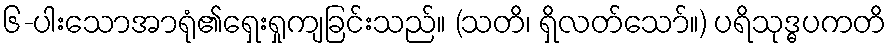
၆-ပါးသောအာရုံ၏ရှေးရှုကျခြင်းသည်။ (သတိ၊ ရှိလတ်သော်။) ပရိသုဒ္ဓပကတိ